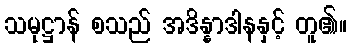
သမုဋ္ဌာန် စသည် အဒိန္နာဒါနနှင့် တူ၏။